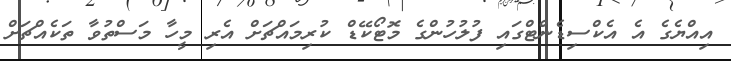
އިއްޔެގެ އެ އެކްސިޑެންޓްގައި ފުލުހުންގެ މޮޓޯކޭޑް ކުރިމައްޗަށް އެރި މީހާ މަސްތުވާ ތަކެއްޗަށް